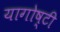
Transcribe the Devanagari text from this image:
यागोष्टी